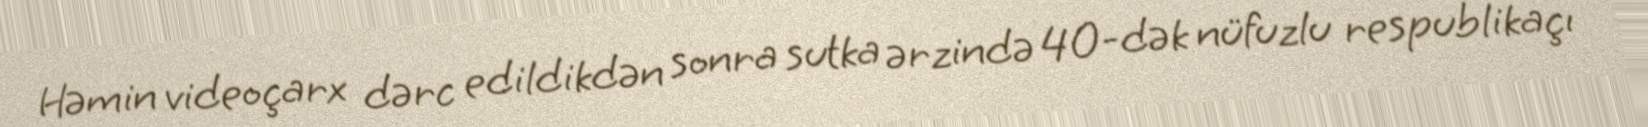
Həmin videoçarx dərc edildikdən sonra sutka ərzində 40-dək nüfuzlu respublikaçı